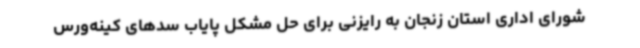
شورای اداری استان زنجان به رایزنی برای حل مشکل پایاب سدهای کینه‌ورس